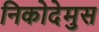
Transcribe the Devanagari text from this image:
निकोदेमुस